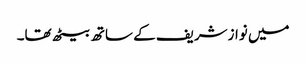
میں نوازشریف کے ساتھ بیٹھ تھا۔